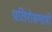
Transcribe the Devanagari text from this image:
प्रतिरोधमापी